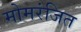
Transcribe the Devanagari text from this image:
मोमरंजित